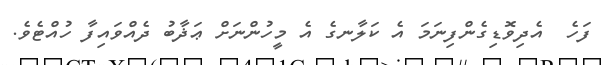
ފަހެ  އެދިވޮޑިގެންފިނަމަ އެ ކަލާނގެ އެ މީހުންނަށް ޢަޛާބު ދެއްވައިފާ ހުއްޓެވެ.